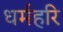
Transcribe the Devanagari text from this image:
धर्महरि